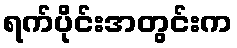
ရက်ပိုင်းအတွင်းက